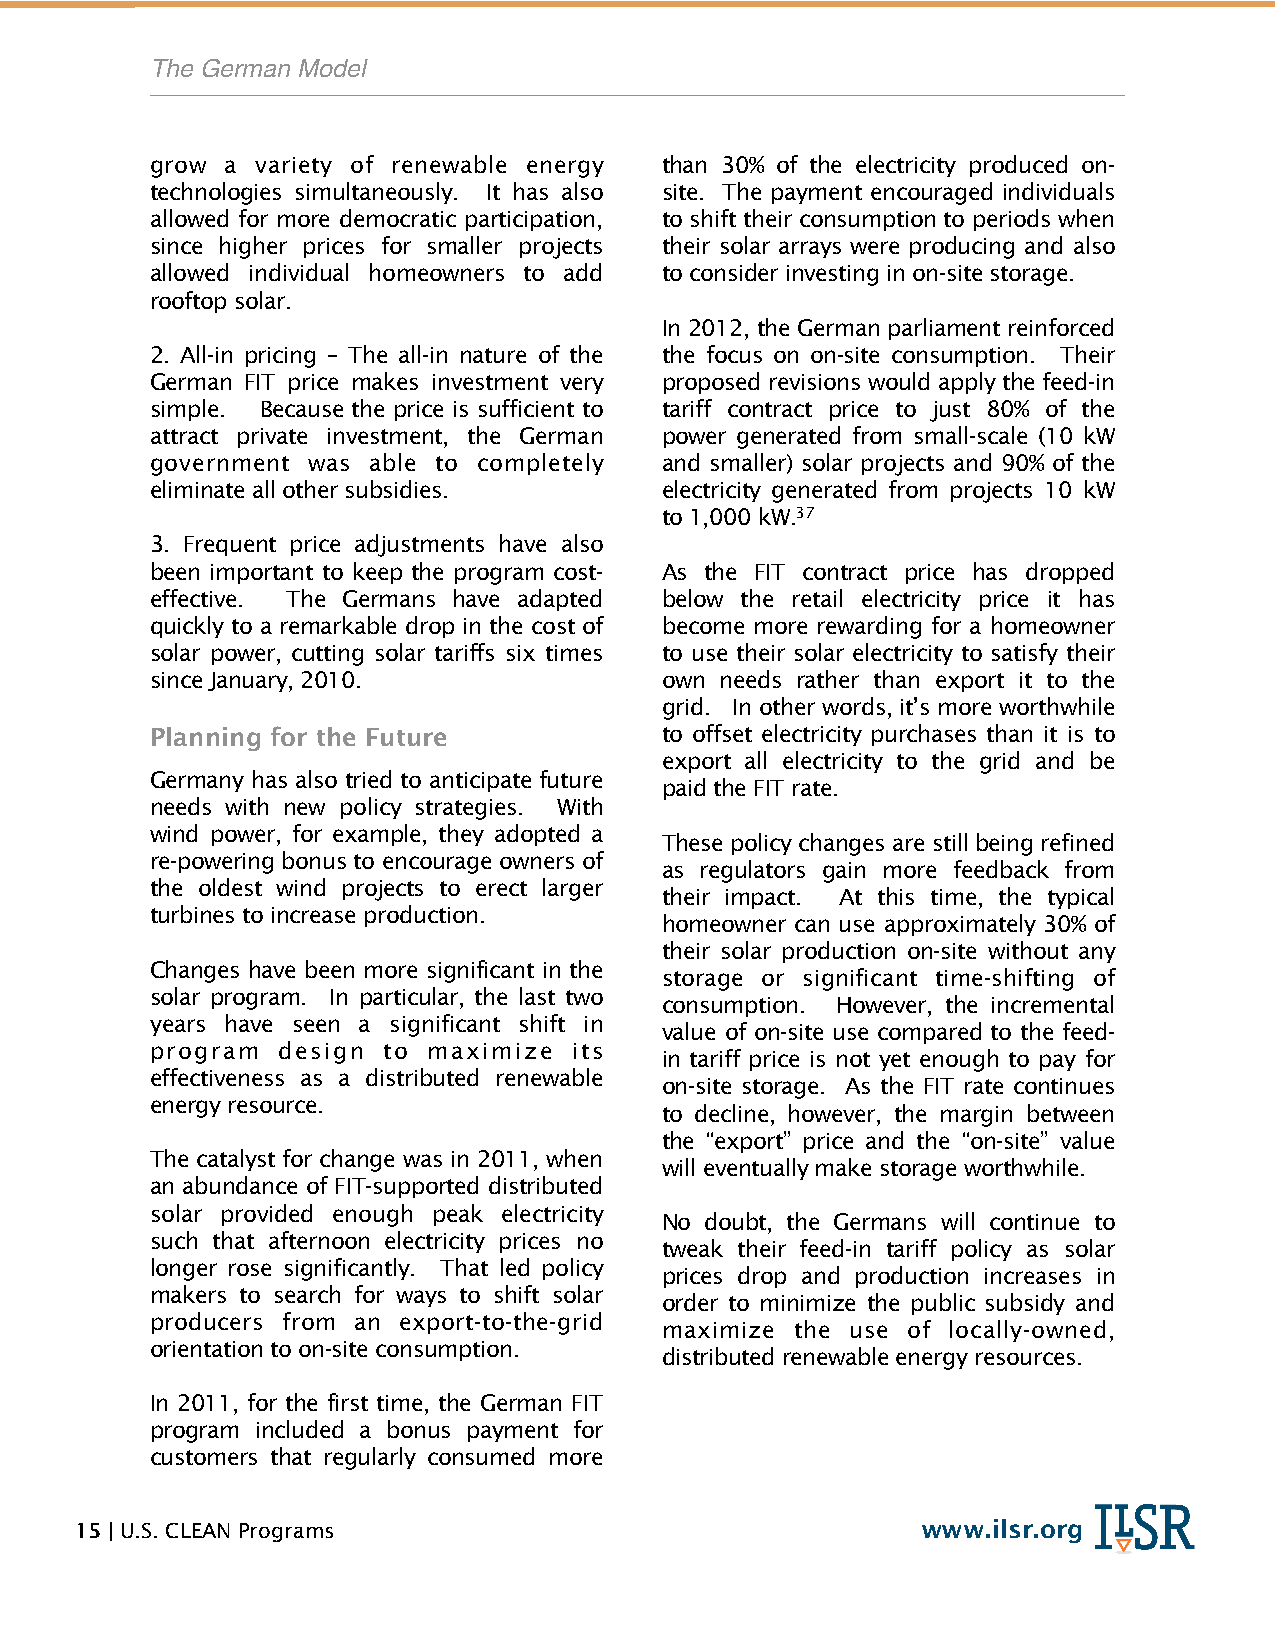
!         The German Model
 grow a variety of renewable energy than 30% of the electricity produced on-
 technologies simultaneously. It has also site. The payment encouraged individuals
 allowed for more democratic participation, to shift their consumption to periods when
 since higher prices for smaller projects their solar arrays were producing and also
 allowed individual homeowners to add to consider investing in on-site storage.
 rooftop solar.
 In 2012, the German parliament reinforced
 2. All-in pricing – The all-in nature of the the focus on on-site consumption. Their
 German FIT price makes investment very proposed revisions would apply the feed-in
 simple. Because the price is sufficient to tariff contract price to just 80% of the
 attract private investment, the German power generated from small-scale (10 kW
 government was able to completely and smaller) solar projects and 90% of the
 eliminate all other subsidies.    electricity generated from projects 10 kW
 to 1,000 kW.37
 3. Frequent price adjustments have also
 been important to keep the program cost- As the FIT contract price has dropped
 effective. The Germans have adapted below the retail electricity price it has
 quickly to a remarkable drop in the cost of become more rewarding for a homeowner
 solar power, cutting solar tariffs six times to use their solar electricity to satisfy their
 since January, 2010.              own needs rather than export it to the
 grid. In other words, it’s more worthwhile
 Planning for the Future           to offset electricity purchases than it is to
 export all electricity to the grid and be
 Germany has also tried to anticipate future
 paid the FIT rate.
 needs with new policy strategies. With
 wind power, for example, they adopted a
 These policy changes are still being refined
 re-powering bonus to encourage owners of
 as regulators gain more feedback from
 the oldest wind projects to erect larger
 their impact. At this time, the typical
 turbines to increase production.
 homeowner can use approximately 30% of
 their solar production on-site without any
 Changes have been more significant in the
 storage or significant time-shifting of
 solar program. In particular, the last two
 consumption. However, the incremental
 years have seen a significant shift in
 value of on-site use compared to the feed-
 program design to maximize  its
 in tariff price is not yet enough to pay for
 effectiveness as a distributed renewable
 on-site storage. As the FIT rate continues
 energy resource.
 to decline, however, the margin between
 the “export” price and the “on-site” value
 The catalyst for change was in 2011, when
 will eventually make storage worthwhile.
 an abundance of FIT-supported distributed
 solar provided enough peak electricity
 No doubt, the Germans will continue to
 such that afternoon electricity prices no
 tweak their feed-in tariff policy as solar
 longer rose significantly. That led policy
 prices drop and production increases in
 makers to search for ways to shift solar
 order to minimize the public subsidy and
 producers from an export-to-the-grid
 maximize the use of locally-owned,
 orientation to on-site consumption.
 distributed renewable energy resources.
 In 2011, for the first time, the German FIT
 program included a bonus payment for
 customers that regularly consumed more
 15 | U.S. CLEAN Programs                                www.ilsr.org